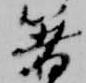
箸